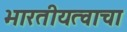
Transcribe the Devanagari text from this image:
भारतीयत्वाचा